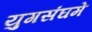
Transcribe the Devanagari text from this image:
युगसंघमे